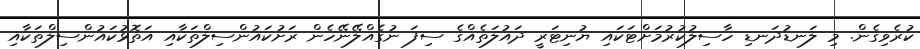
ކުރެވިގެން. މި ލަނޑުދަނޑި ހާސިލުކުރުމަށްޓަކައި ޔުނިޓަރީ ދައުލަތެއްގެ ސިފަ ނުގެއްލޭނޭހެން ރަށުކައުންސިލްތަކާއި އަތޮޅުކައުންސިލްތަކާއި